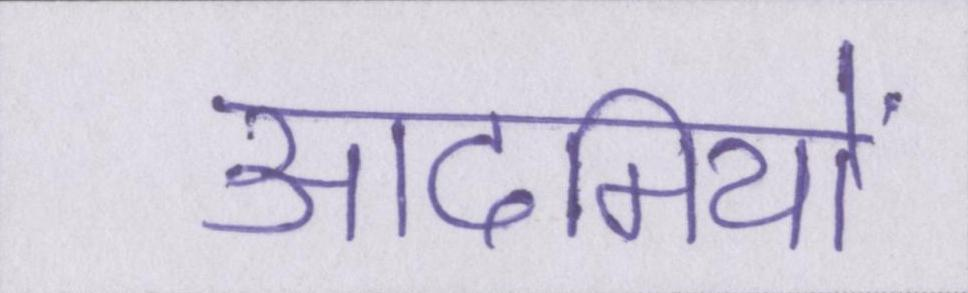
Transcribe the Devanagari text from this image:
आदमियों